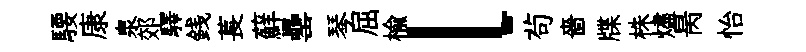
騕康泉郊驛銭萇蘚罍琴屈楡l茍嗇牒株燼昺怡